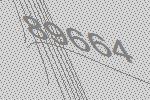
89664